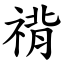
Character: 禙